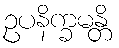
ဥပနိက္ခမန္တိ